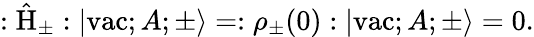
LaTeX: :\hat{\mathrm{H}}_{\pm}:|\mathrm{vac};A;\pm\rangle=:{\rho}_{\pm}(0):|\mathrm{vac};A;\pm\rangle=0.